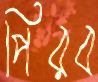
পিরব